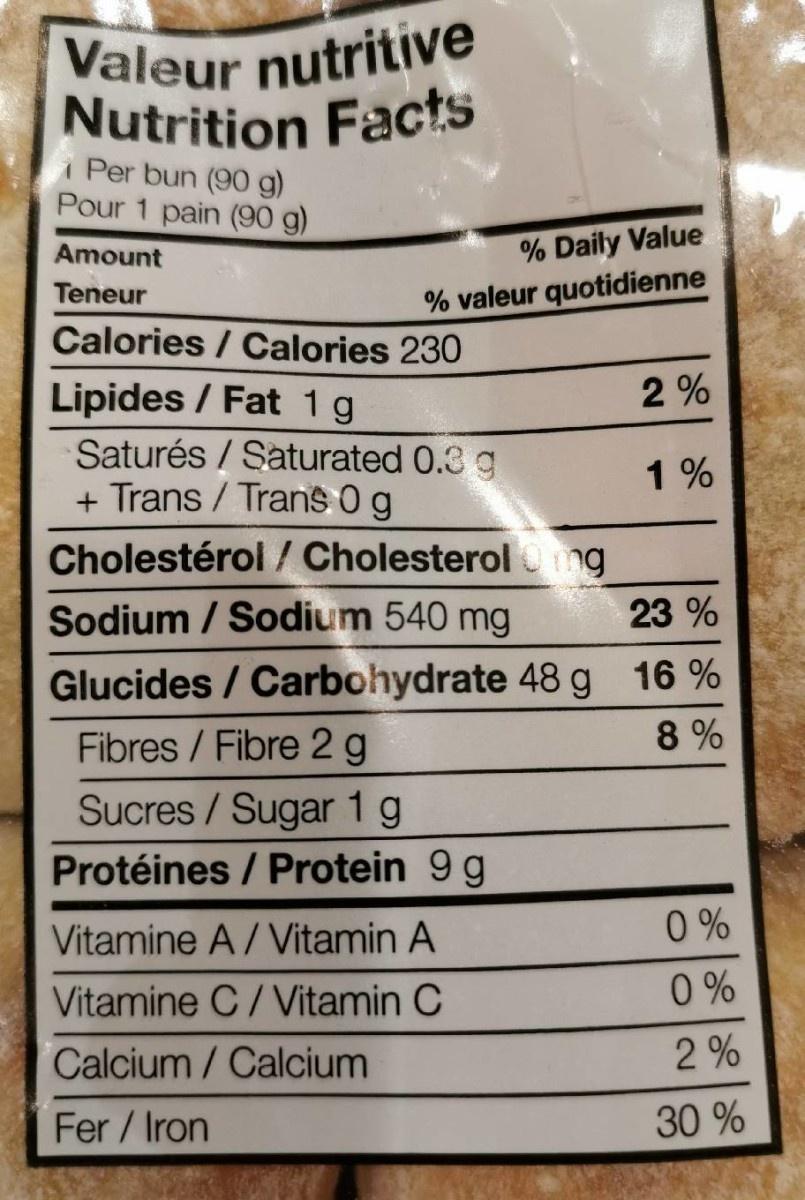
Valeur nutritive Nutrition Facts i Per bun (90 g) Pour 1 pain (90 g) % Daily Value Amount Teneur % valeur quotidienne Calories / Calories 230 Lipides / Fat 1g Saturés / Saturated 0.3 g + Trans / Trans 0g 1 % Cholestérol / Cholesterolng 23 % Sodium / Sodium 540 mg 16 % Glucides / Carbohydrate 48 g Fibres / Fibre 2g Sucres/ Sugar 1 g Protéines / Protein 9 g 0 % Vitamine A/Vitamin A 0 % Vitamine C/Vitamin C 2 % Calcium/ Calcium 30 % Fer/ Iron